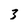
Character: 3